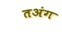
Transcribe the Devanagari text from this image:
तअंग